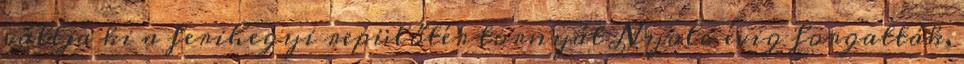
váltja ki a ferihegyi repülőtér tornyát Nyolc évig forgatták,